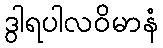
ဒွါရပါလဝိမာနံ